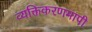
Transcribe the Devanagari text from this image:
व्यक्तिकरणमापी